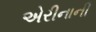
એરીનાની